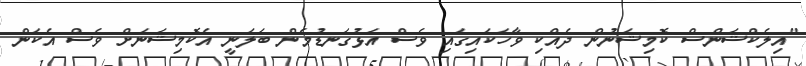
"އިލެކްޝަންސް ކޮމިޝަނުން ދެއްކި ވާހަކައިގައި ވެސް އަޅުގަނޑުމެން ބަލަނީ އެކޮމިޝަނަށް ވެސް އެކަން